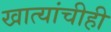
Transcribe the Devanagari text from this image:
खात्यांचीही